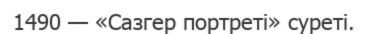
1490 — «Сазгер портреті» суреті.